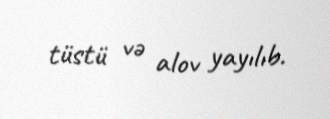
tüstü və alov yayılıb.